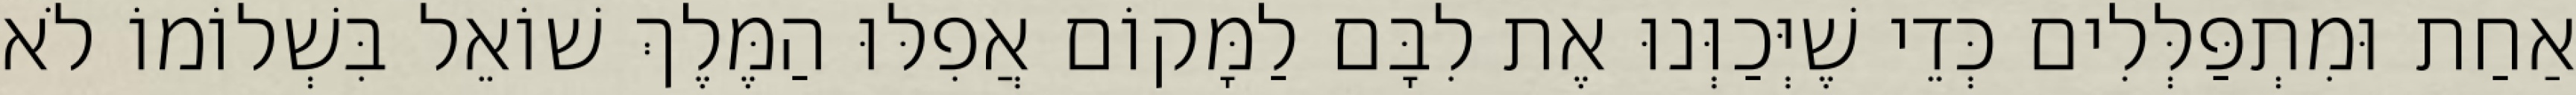
אַחַת וּמִתְפַּלְּלִים כְּדֵי שֶׁיְּכַוְּנוּ אֶת לִבָּם לַמָּקוֹם אֲפִלּוּ הַמֶּלֶךְ שׁוֹאֵל בִּשְׁלוֹמוֹ לֹא